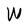
Character: W